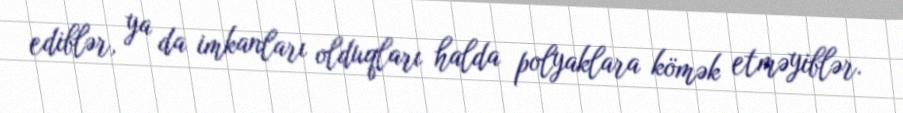
ediblər, ya da imkanları olduqları halda polyaklara kömək etməyiblər.